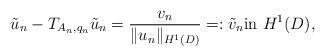
LaTeX: \begin{align*} \tilde{u}_{n} - T_{A_n,q_n}\tilde{u}_{n}=\frac{v_{n}}{\Vert u_{n}\Vert_{H^1(D)}}=:\tilde{v}_{n}\textrm{in } H^1(D),\end{align*}